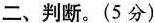
二、判断。(5分)